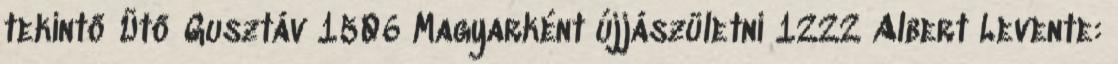
tekintő Ütő Gusztáv 1506 Magyarként újjászületni 1222 Albert Levente: